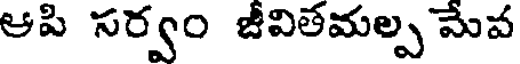
ఆపి సర్వం జీవితమల్ప మేవ